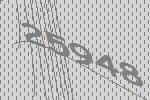
25948